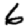
Digit: 6